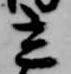
立